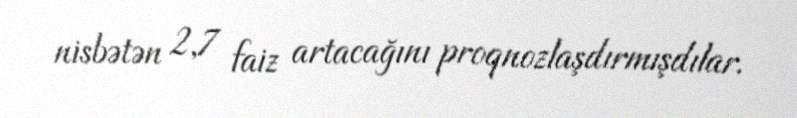
nisbətən 2,7 faiz artacağını proqnozlaşdırmışdılar.